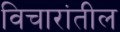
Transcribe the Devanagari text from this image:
विचारांतील